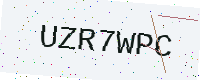
Text: UZR7WPC